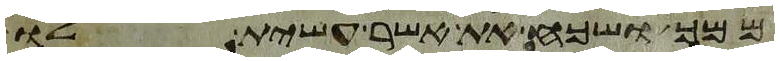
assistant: ממך ושכח את אשר עשית לו